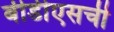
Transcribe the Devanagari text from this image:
बीडीएसची